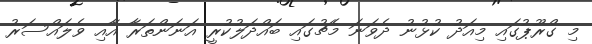
މި ގްރޫޕުގައި މިއަދު ކުޅުނު ދެވަނަ މެޗުގައި ބައްދަލުކުރީ އަނަންތަރާ އާއި ވެލައްސަރު